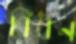
বিঁধন